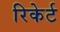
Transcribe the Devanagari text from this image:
रिकेर्ट